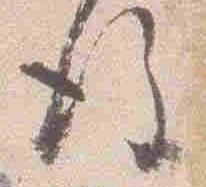
後